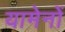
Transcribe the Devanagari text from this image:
यामेनों